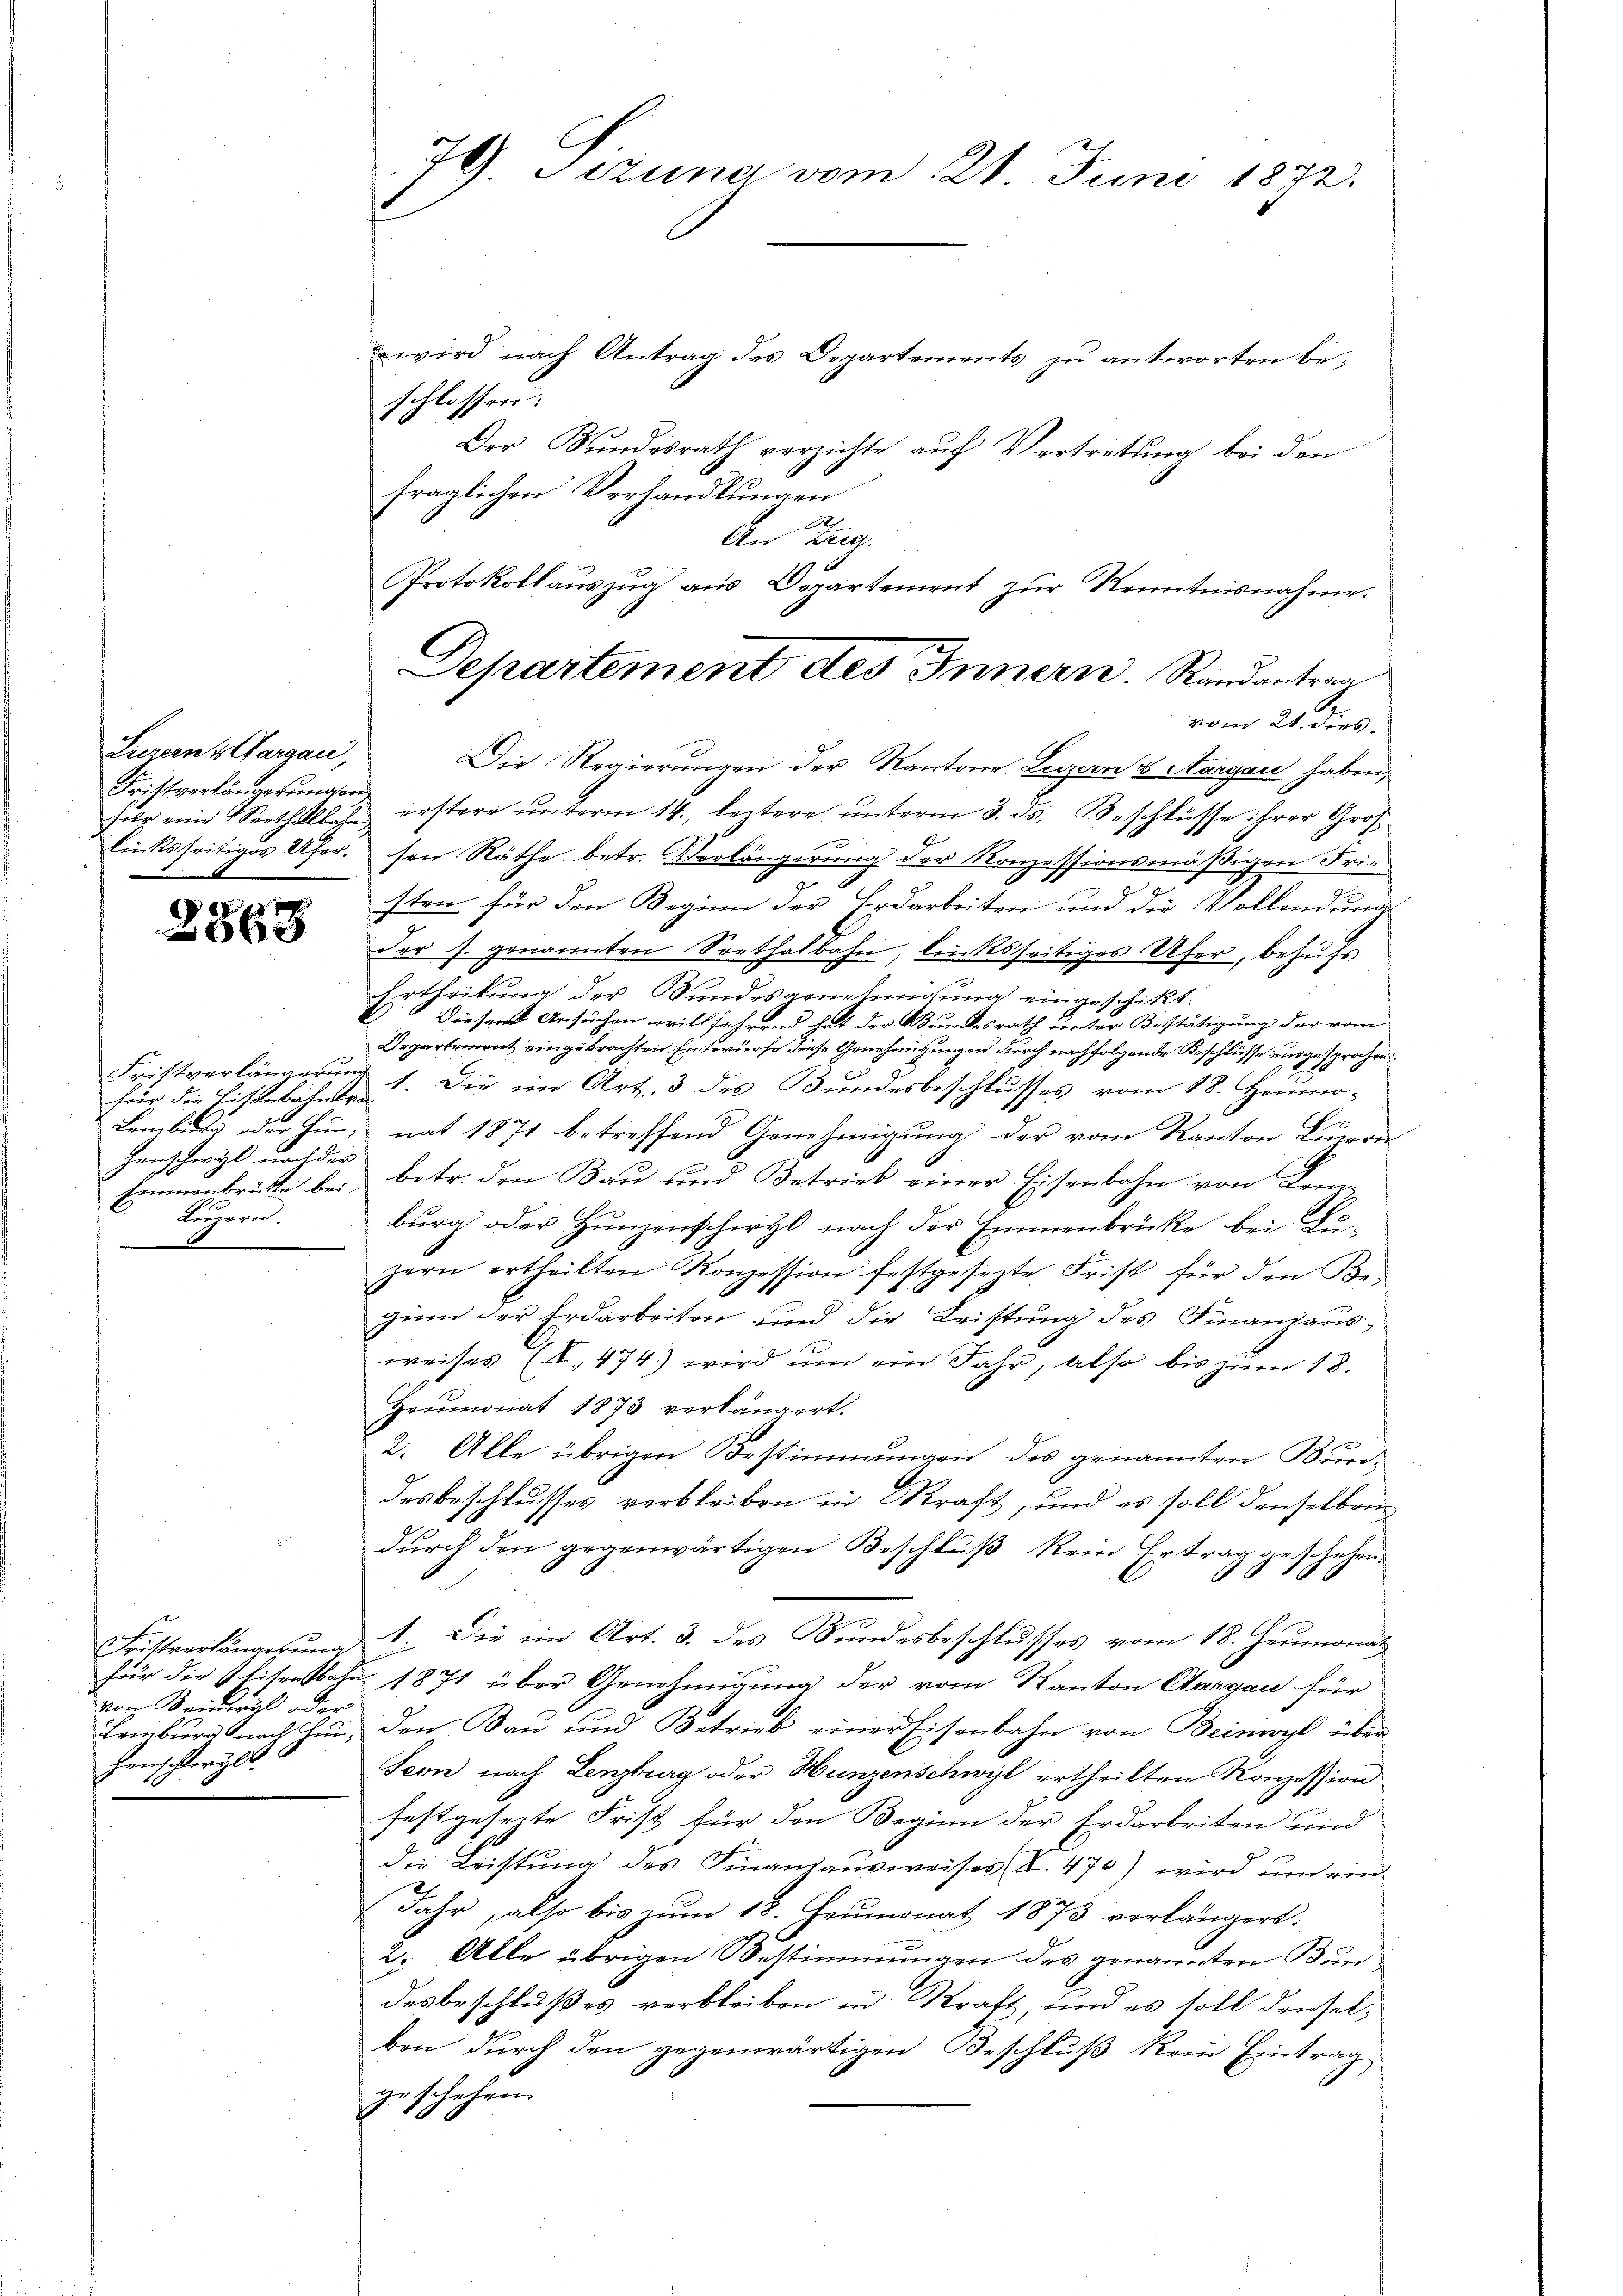
Luzerns Aargau,
Fristverlängerungen
Linksseitiges Uher.

e
068

Für die Eisenbahntra
Henschwyl nach der
Emmenbrückte bei
Luzern.
.

von Beinwyl oder
Lomburg nach unhenschlergl.

79. Jezuna vom 21. Juni 1872.

wird nach Antrag des Departements zu antworten beschlossen:
Der Bundesrath verzichte auf Vertretung bei den
fraglichen Verhandlungen
A
An Lieg
Protokollauszug aus Departement zur Kenntnisnahme.

Departement des Innern. Randantrag
vom 21. dies

Die Regierungen der Kantone Luzern es Aargau haben,
für eine Serthalbahn erstern ŭnterm 14. leztere ŭnterm 3. ds. Beschlüsse ihrer Gros
son Räthe betr. Verlängerung der Konzessionsmäßigen Friesten für den Reginn der Erdarbeiten und die Vollendung
.
der s. genannten Sorthalbahn, linksseitiges Ufer, behufs
Ertheilung der Bundesgenehmigung eingeschickt.
E
Diesen Ansuchen willfahrend hat der Bundesrath unter Bestätigung der vom
Departemont eingebrachten Entwurfe diese Genehmigungen durch nachfolgende Beschlüsse ausgesprochen
Fristverlängerŭng 1. Die im Art. 3 des Bŭndesbeschlŭsses vom 18. Heumo-
Lamber oder Hun; nat 1871 betreffend Genehmigung der vom Kanton Bauer-
betr. den Bau und Betrieb einer Eisenbahn von Kom-
burg oder Hunzenscherzl nach der Emmenbrücke bei Luzern ertheilten Konzession festgesezte Frist für den Be-
zum der Erdarbeiten und die Leistung des Finanzausweises (S. 474) wird ŭm ein Jahr, also bis zŭm 18.
Heumonat 1873 verlängert.
2. Alle übrigen Bestimmungen des genannten Bun-
desbeschlusses verbleiben in Kraft, und es soll denselben
durch den gegenwärtigen Beschluß kein Ertrag geschehen.
Fristverlängerung 1. Die im Art. 3. des Kundesbeschlusses vom 18. Heumonat
für die Eisenbahr 1871 über Genehmigung der vom Kanton Aargau für
den Bau und Betrieb einer Eisenbahn von Beinwyl über
Seon nach Lenzburg oder Hunzenschwyl ertheilten Konzession
festgeseite Frist für den Beginn der Erdarbeiten und
die Leistung des Finanzausweises L. 470) wird und ein
Jahr, also bis zum 18. Heumonat 1873 verlängert.
2. Alle übrigen Bestimmungen des genannten Bundesbeschlußes verbleiben in Kraft, und es soll denselben durch den gegenwärtigen Beschluß kein Eintrag
geschehen.
f